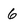
Character: 6